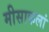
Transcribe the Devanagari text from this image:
मीसाकलां